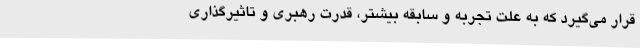
قرار می‌گیرد که به علت تجربه و سابقه بیشتر، قدرت رهبری و تاثیرگذاری